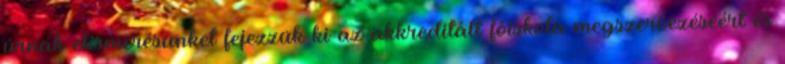
úrnak elismerésünket fejezzük ki az akkreditált főiskola megszervezéséért és